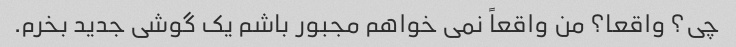
چی؟ واقعا؟ من واقعاً نمی خواهم مجبور باشم یک گوشی جدید بخرم.